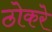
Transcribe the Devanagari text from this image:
ठोकरे